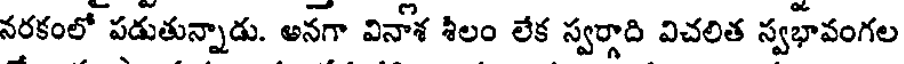
నరకంలో పడుతున్నాడు. అనగా వినోశ శిలం లేక స్వర్గాది విచలిత స్వభావంగల